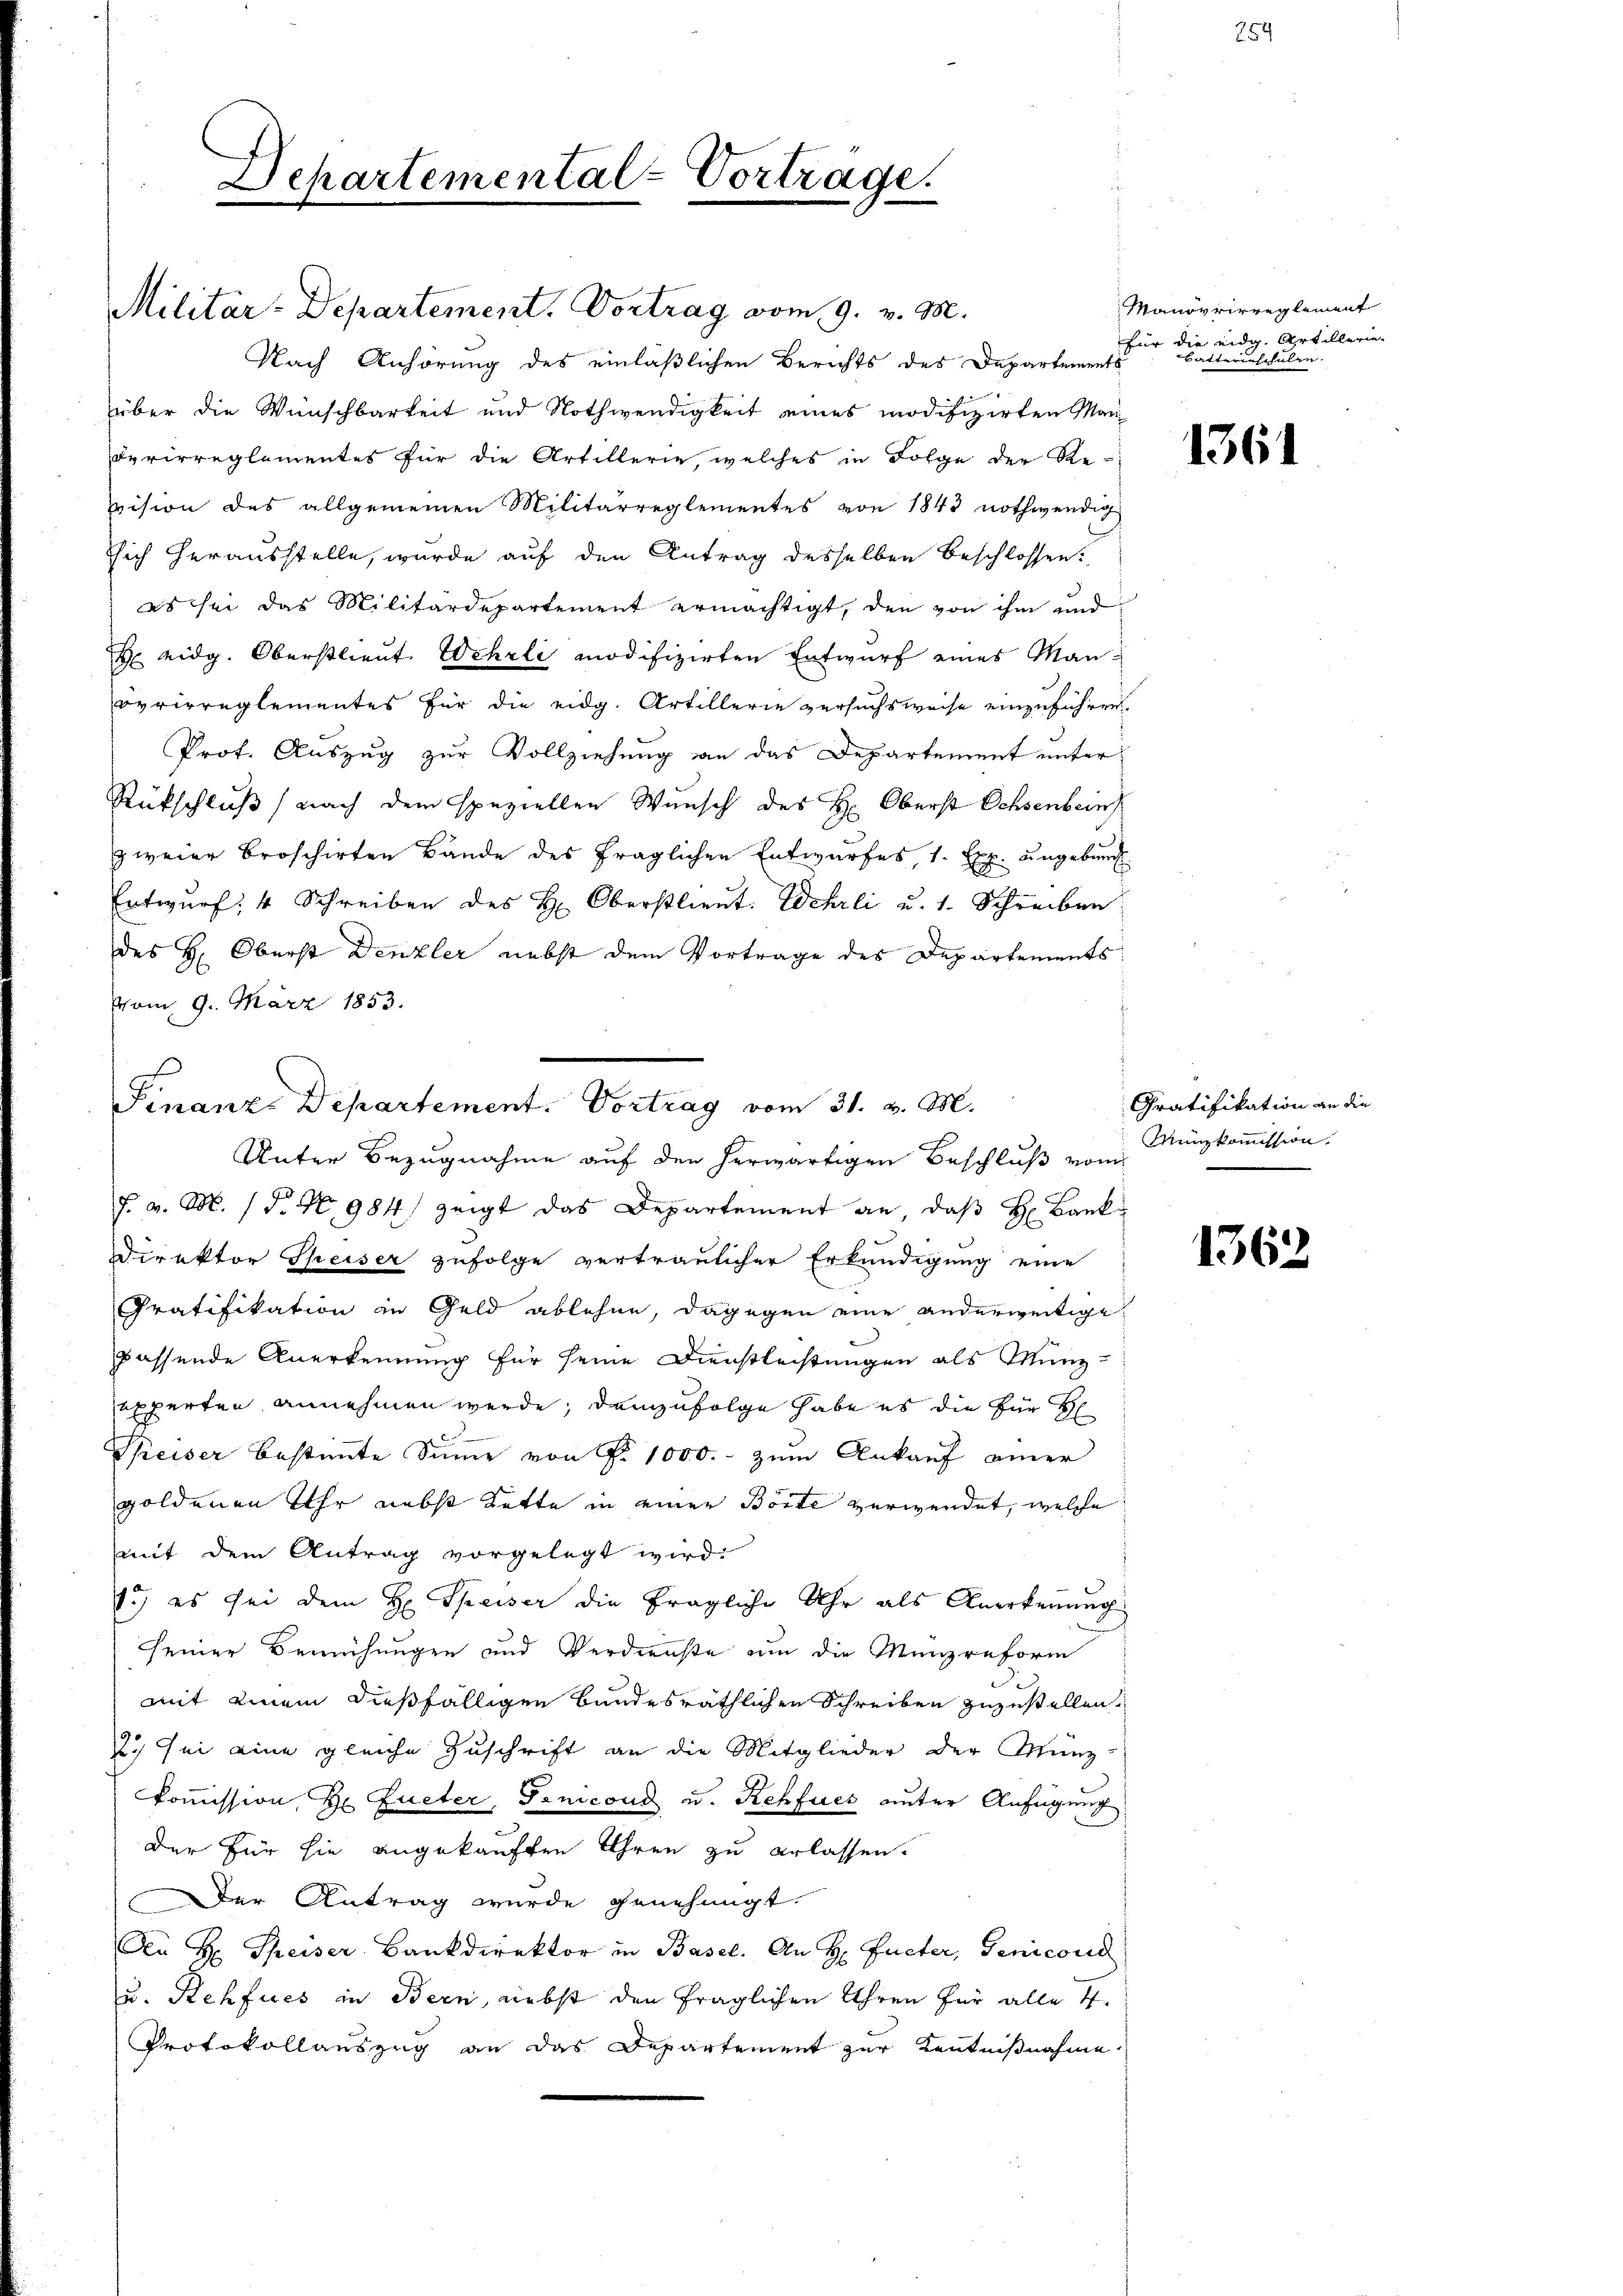
Departemental-Vortrage.

Militär-Departement. Vortrag vom 9. v. M.
Nach Anhörung des einläßlichen Berichts des Departements
über die Wunschbarkeit und Nothwendigkeit eines modifizirten Manderirreglementes für die Artillerie, welches in Folge der Re-
vision des allgemeinen Militärreglementes von 1843 nothwendig
sich herausstelle, wurde auf den Antrag desselben Beschlossen.
es sei das Militärdepartement ermächtigt, den von ihm und
 eidg. Oberstlieut. Wehrli modifizirten Entwurf eines Manovrirreglementes für die eidg. Artillerie versuchsweise einzuführen
Prot. Auszug zur Vollziehung an das Departement unter
Rückschluß nach dem speziellen Wunsch des H: Oberst Ochsenbein
zweier broschirten Bände des fraglichen Entwurfes 1. Exp. ungebung
Entwŭrf 4 Schreiben des H. Oberstlieŭt. Wehrli u. s. Schreiben.
des H. Oberst Denzler nebst dem Vortrage des Departements
vom 9. März 1853.
f. v. M. 18. No 984) zeigt das Departement an, daβ H. Bank-
Direktor Speiser zufolge vertraulicher Erkundigung eine
Gratifikation zu Geld ablehne, dagegen eine anderweitige
passende Anerkennung für seine Dienstleistungen als Münz-
sexperten annehmen werde, demzufolge habe es die für H
Speiser bestimmte Sinne von Nr. 1000.- zum Ankauf einer
goldenen Uhr nebst Kette in einer Börte verwendet, welche
mit dem Antrag vorgelegt wird.
1.) es sei dem H. Speiser die fragliche Uhr als Anerkennung
seiner Bemühungen und Verdienste um die Menzreform
mit einem dießfälligen bundesräthlichen Schreiben zuzustellen.
2. sei eine gleiche Zuschrift an die Mitglieder der Münz-
kommission, Hr. Zueter, Fencond u. Rehfues unter Anfügung
der für sie angekauften Ihren zu erlassen.
Der Antrag wurde genehmigt.
An H. Speiser Bankdirektor in Basel. An H. Fueter, Genicond
u. Rehfues in Bern, nebst den fraglichen Uhren für alle 4.
Protokollauszug an das Departement zur Kenntnißnahme

Finanze Departement. Vortrag vom 31. v. M.
Unter Bezugnahme auf den herwärtigen Beschluß vom

Manövrirreglement
für die eidg. Artillerin
Batterinschulen.

1361

Gratifikation an die
Münzkommission.

1362